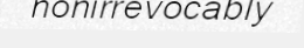
nonirrevocably